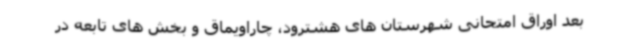
بعد اوراق امتحانی شهرستان های هشترود، چاراویماق و بخش های تابعه در